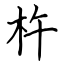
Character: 杵